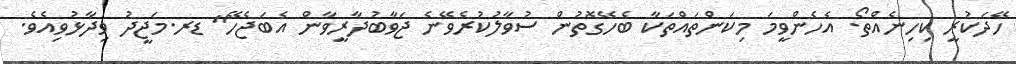
ހޭދަކުރީ ކިހިނެއްތޯ. އެހެންވީމަ މިކަންތައްތަކާ ބެހޭގޮތުން ސުވާލުކުރެވޭނެ ޖަވާބުދާރީވާން އެބަޖެހޭ" ޑރ.މަޖީދު ވިދާޅުވިއެވެ.